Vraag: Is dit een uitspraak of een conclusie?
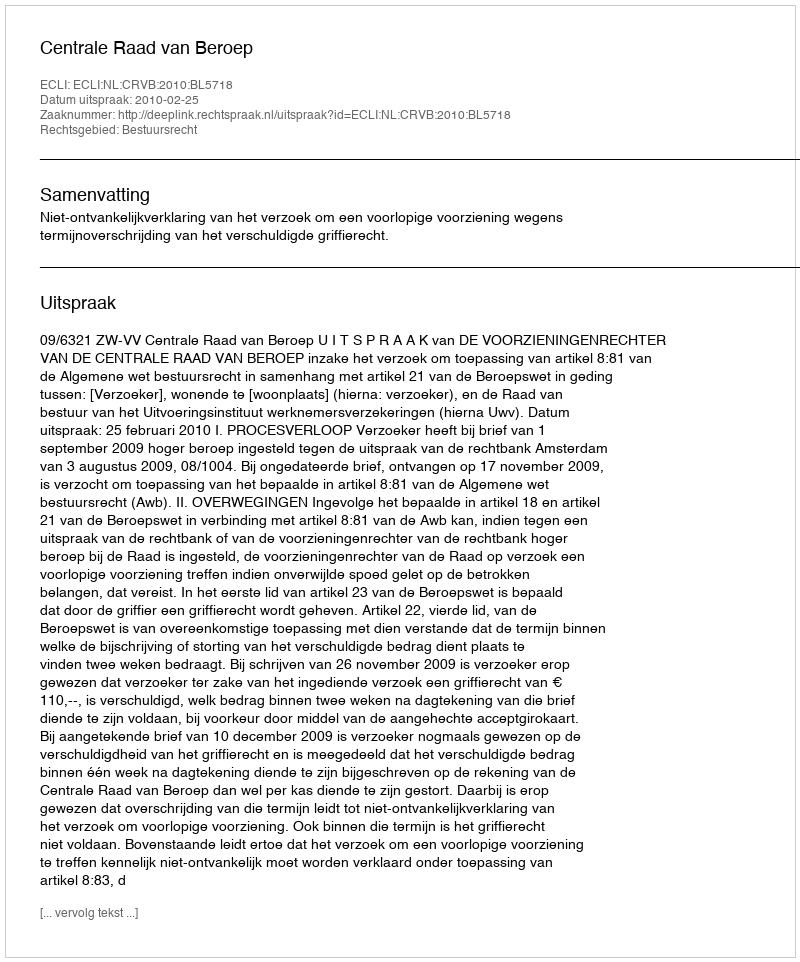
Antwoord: Uitspraak